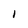
Character: 1